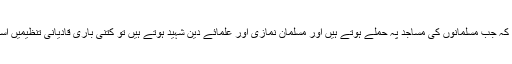
سوال یہ پیدا ہوتا ہے کہ جب مسلمانوں کی مساجد پہ حملے ہوتے ہیں اور مسلمان نمازی اور علمائے دین شہید ہوتے ہیں تو کتنی باری قادیانی تنظیمیں اسکی مذمت کرتی ہیں۔